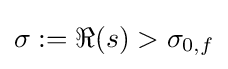
\sigma :=\Re (s)>\sigma _{0,f}